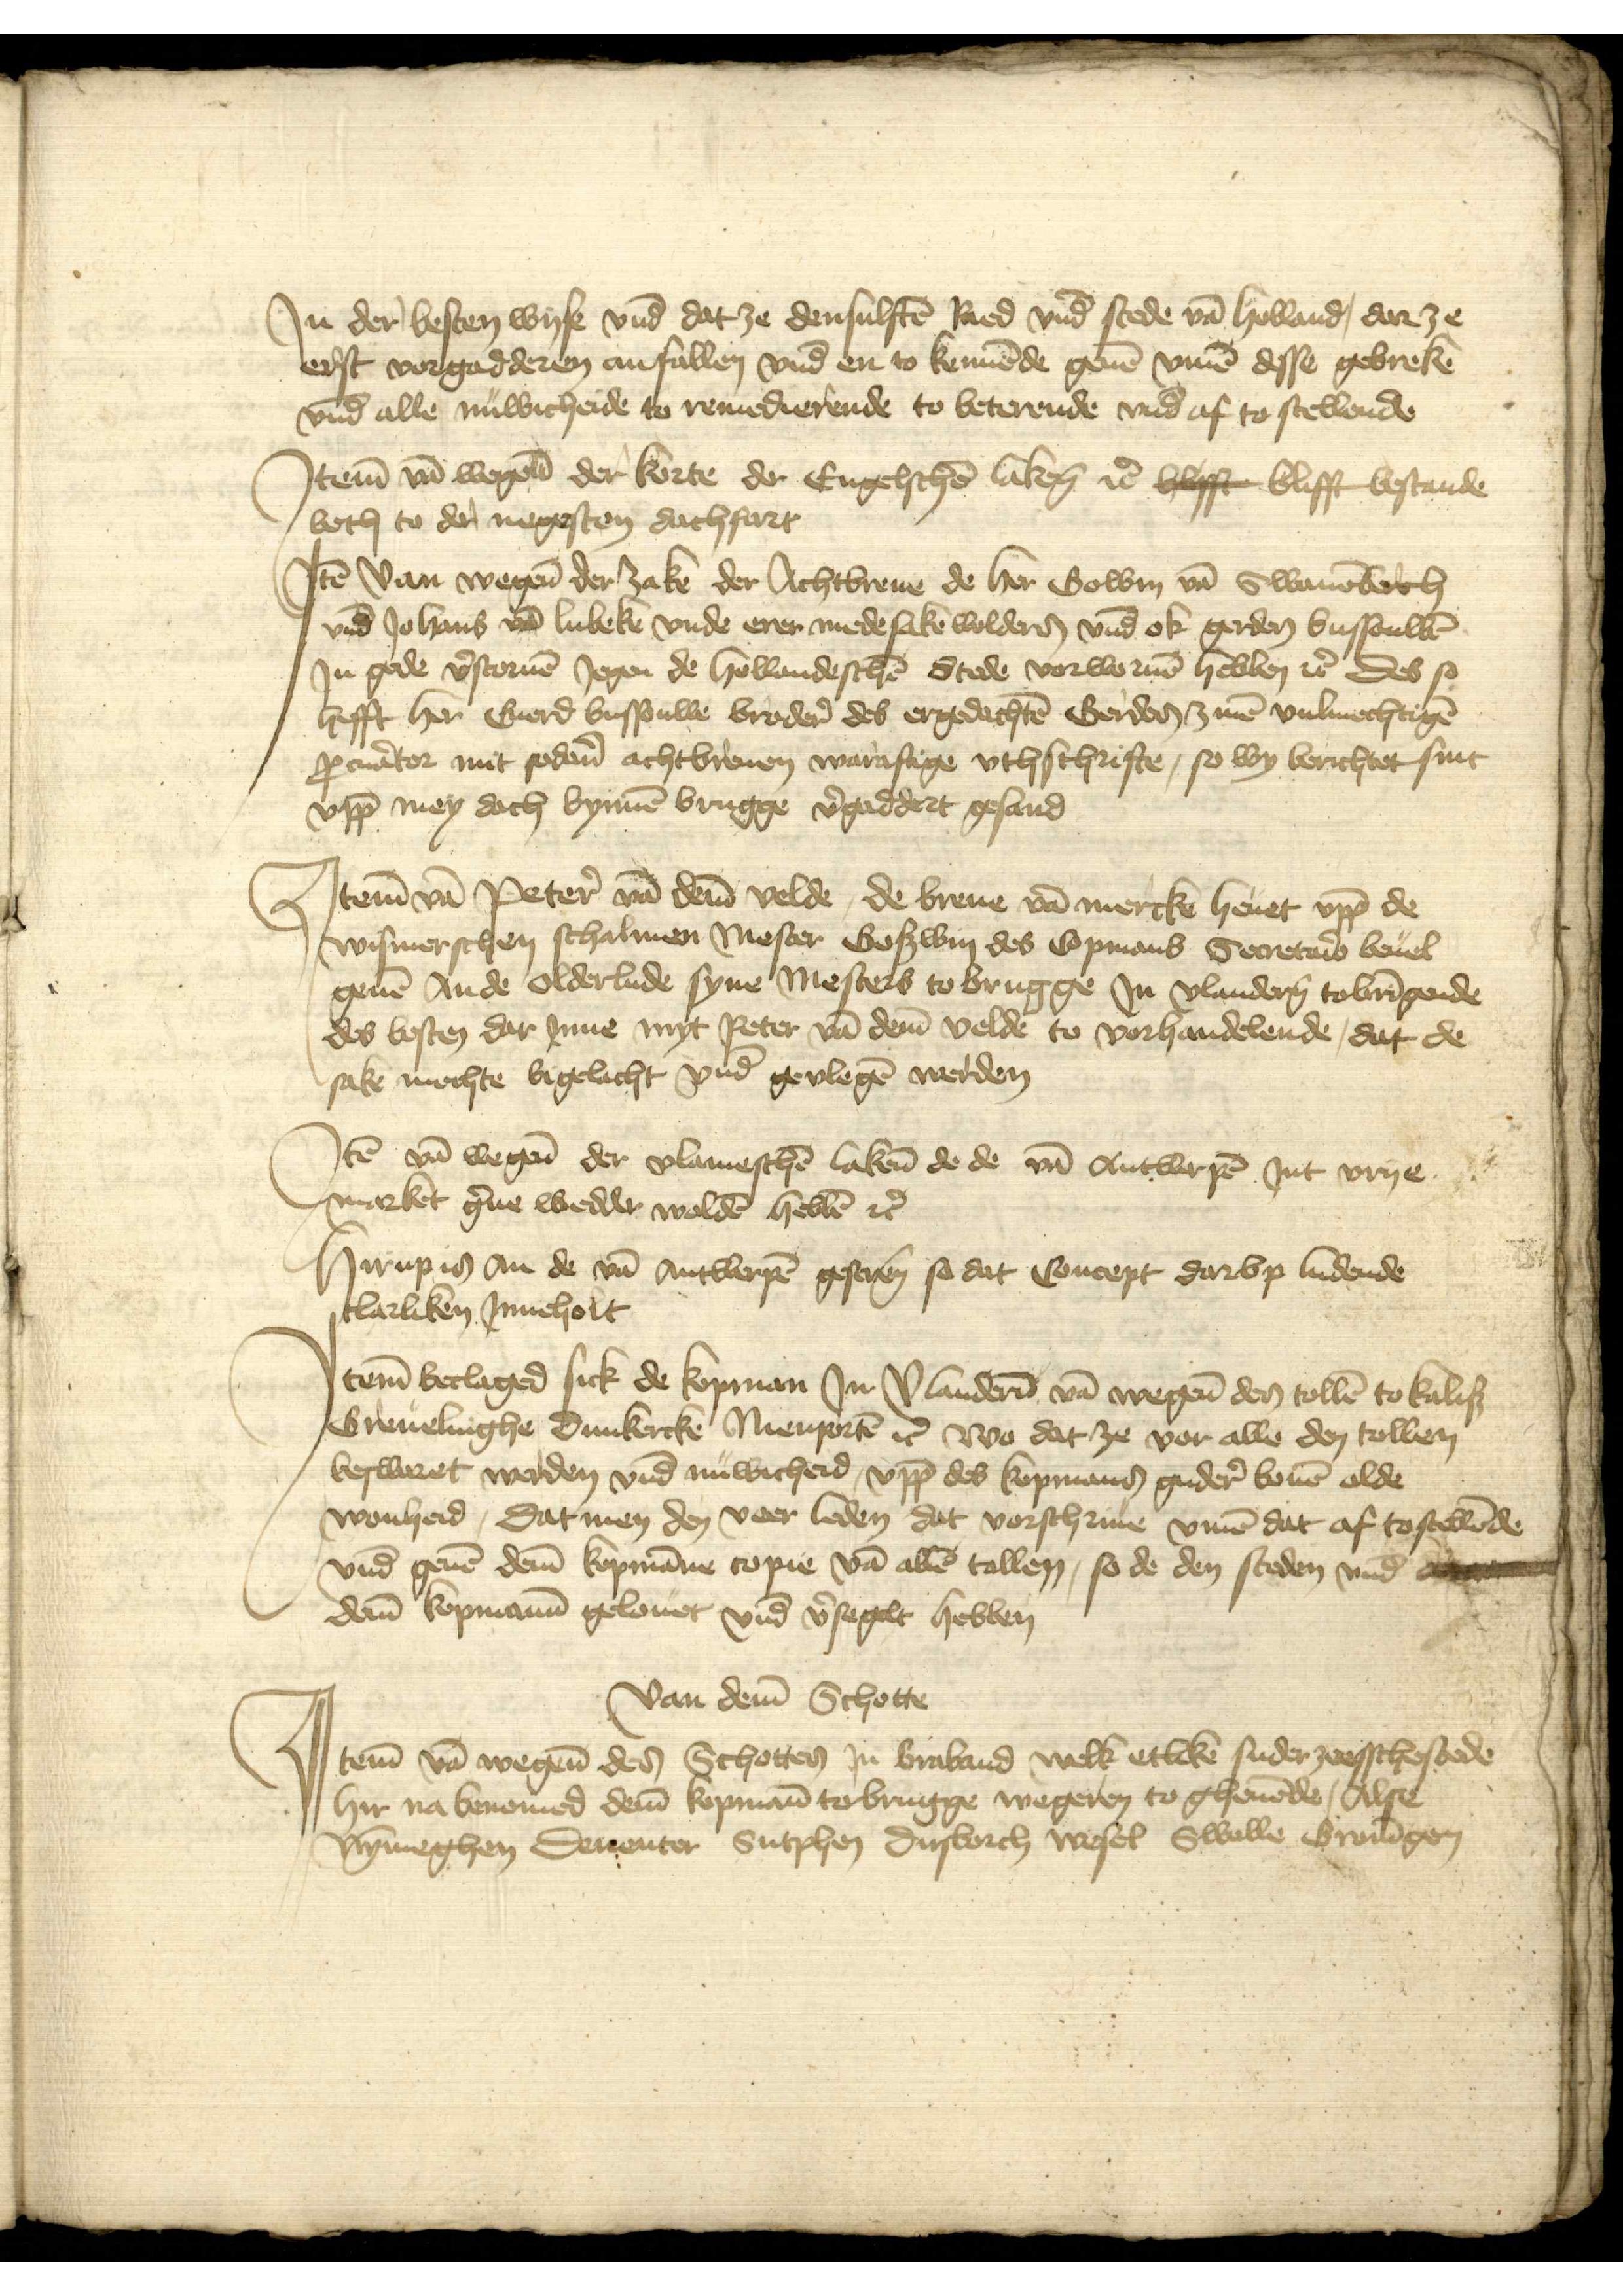
Jn der besten wyse vnd dat ze densulften Raed vnd stede van Holland, dar ze
erst vorgadderen anfallen vnd en to kennende geuen vmme desse gebreken
vnd alle nuwicheide to reuiedierende to beterende vnd af to stellende

Jtem van wegenen der korte der Engelschen laken etcetera hefft bliff bestande
both to der negesten dachfart

Jtem van wegene der zake der Achtbreue de her Bowin van Swauenborch
vnd Johanis van Lubeke vnde erer mede sake woldens vnd ok Gerdes Bussouwen
Jn gode vorstoruen Jegen de hollandeschen Stede vorwornen hebben etcetera des so
hefft her Euerd Bussouwe brodere des ergedachten Gerdes zinen vulmechtigen
procurantor mit sodane achtbreuen warafige vthschrifte, so wy berichtet sint
vpp mey dach bynnen Brugge vergaddert gesand

Jtem van Peter van deme Velde, de breue van mercken heuet vpp de
Wismerschen schalmen Mester Goswin des Copmans Secretarius beuel
geuen an de olderlude syne Mesters to Brugge Jn Vlanderen tobringende
des besten dar Jnne myt Peter van deme Velde to vorhandelende, dat de
sake mochte begelacht vnd gevlegen werden

Jtem van wegene der vlameschen lakene de de van Antworpen Jnt vrye
market gerne wedder wolden hebben etcetera

Hirup is an de van Antwerpen gescreuen so dat Concept darvp ludende
clarliken Jnneholt

Jtem beclaged sick de kopman Jn Vlanderen van wegene den tollen to kaliß
Greuelinghe Dunkercke Nienporten etcetera wo dat ze vor alle den tollen
beswaret werden vnd nuwicheid, vpp des kopmans gudere bouen olde
wonheid, Dat men den veer leden dat vorschriuen vmme dat af tostellende
vnd geuen deme kopmanne copie van allen tollen, so de den steden vnd de
deme kopmann gelouet vnd vorsegelt hebben

van deme Schotte
Jtem van wegene des Schotten Jn Braband welk etliken suderzeesschestede
hir na benomed deme kopmann to brugge wegeren to gheuende, Alse
Nymmeghen Deuenter Sutphen Dusborch Wesel Swelle Groningen